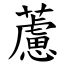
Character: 藘